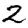
Digit: 2